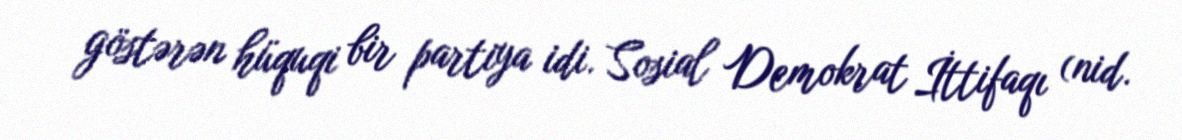
göstərən hüquqi bir partiya idi. Sosial Demokrat İttifaqı (nid.